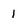
Character: 1